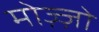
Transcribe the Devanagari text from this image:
मोज़्ज़ो